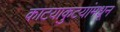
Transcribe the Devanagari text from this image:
काटयाकुटयांमधून